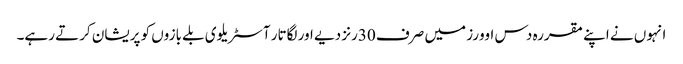
انہوں نے اپنے مقررہ دس اوورز میں صرف 30رنز دیے اور لگاتار آسٹریلوی بلے بازوں کو پریشان کرتے رہے۔